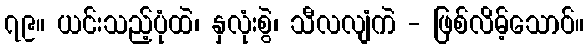
၇၉။ ယင်းသည့်ပုံထဲ၊ နှလုံးစွဲ၊ သီလလျံကဲ - ဖြစ်လိမ့်သောဝ်။